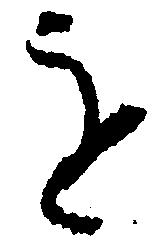
を